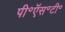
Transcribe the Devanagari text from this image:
पी॰ऍस॰टी॰